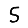
Digit: 5